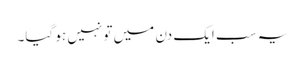
یہ سب ایک دن میں تو نہیں ہو گیا۔